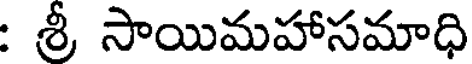
: శ్రీ సాయిమహాసమాధి